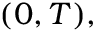
( 0 , T ) ,